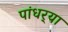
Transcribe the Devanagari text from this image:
पांधर्‍या